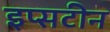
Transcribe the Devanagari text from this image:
इप्सटीन